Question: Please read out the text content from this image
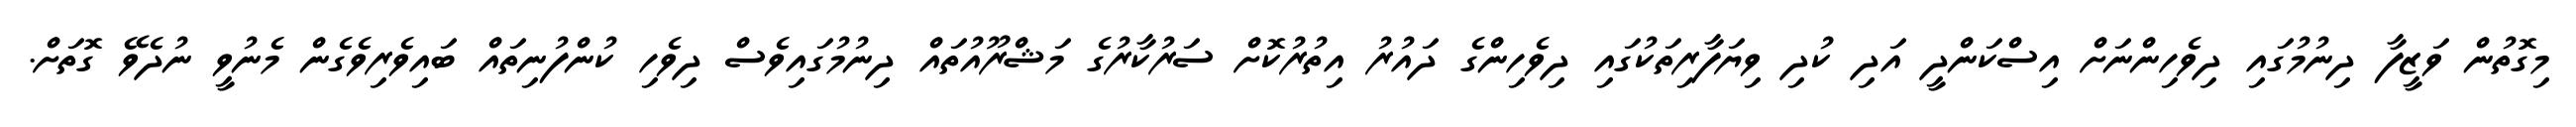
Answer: މިގޮތުން ވަޒީފާ ދިނުމުގައި ދިވެހިންނަށް އިސްކަންދީ އަދި ކުދި ވިޔަފާރިތަކުގައި ދިވެހިންގެ ދައުރު އިތުރުކޮށް ސަރުކާރުގެ މަޝްރޫއުތައް ދިނުމުގައިވެސް ދިވެހި ކުންފުނިތައް ބައިވެރިވެގެން މެނުވީ ނުދެވޭ ގޮތަށް.